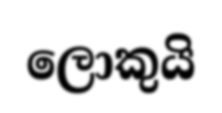
ලොකුයි